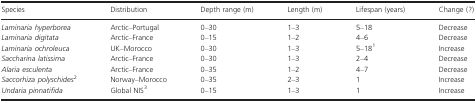
| Species | Distribution | Depth range (m) | Length (m) | Lifespan (years) | Change (?) |
 | --- | --- | --- | --- | --- | --- |
 | Laminaria hyperborea | Arctic–Portugal | 0–30 | 1–3 | 5–18 | Decrease |
 | Laminaria digitata | Arctic–France | 0–15 | 1–2 | 4–6 | Decrease |
 | Laminaria ochroleuca | UK–Morocco | 0–30 | 1–3 | 5–181 | Increase |
 | Saccharina latissima | Arctic–France | 0–30 | 1–3 | 2–4 | Decrease |
 | Alaria esculenta | Arctic–France | 0–35 | 1–2 | 4–7 | Decrease |
 | Saccorhiza polyschides2 | Norway–Morocco | 0–35 | 2–3 | 1 | Increase |
 | Undaria pinnatifida | Global NIS3 | 0–15 | 1–3 | 1 | Increase |